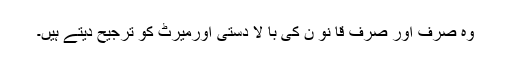
وہ صرف اور صرف قا نو ن کی با لا دستی اورمیرٹ کو ترجیح دیتے ہیں۔